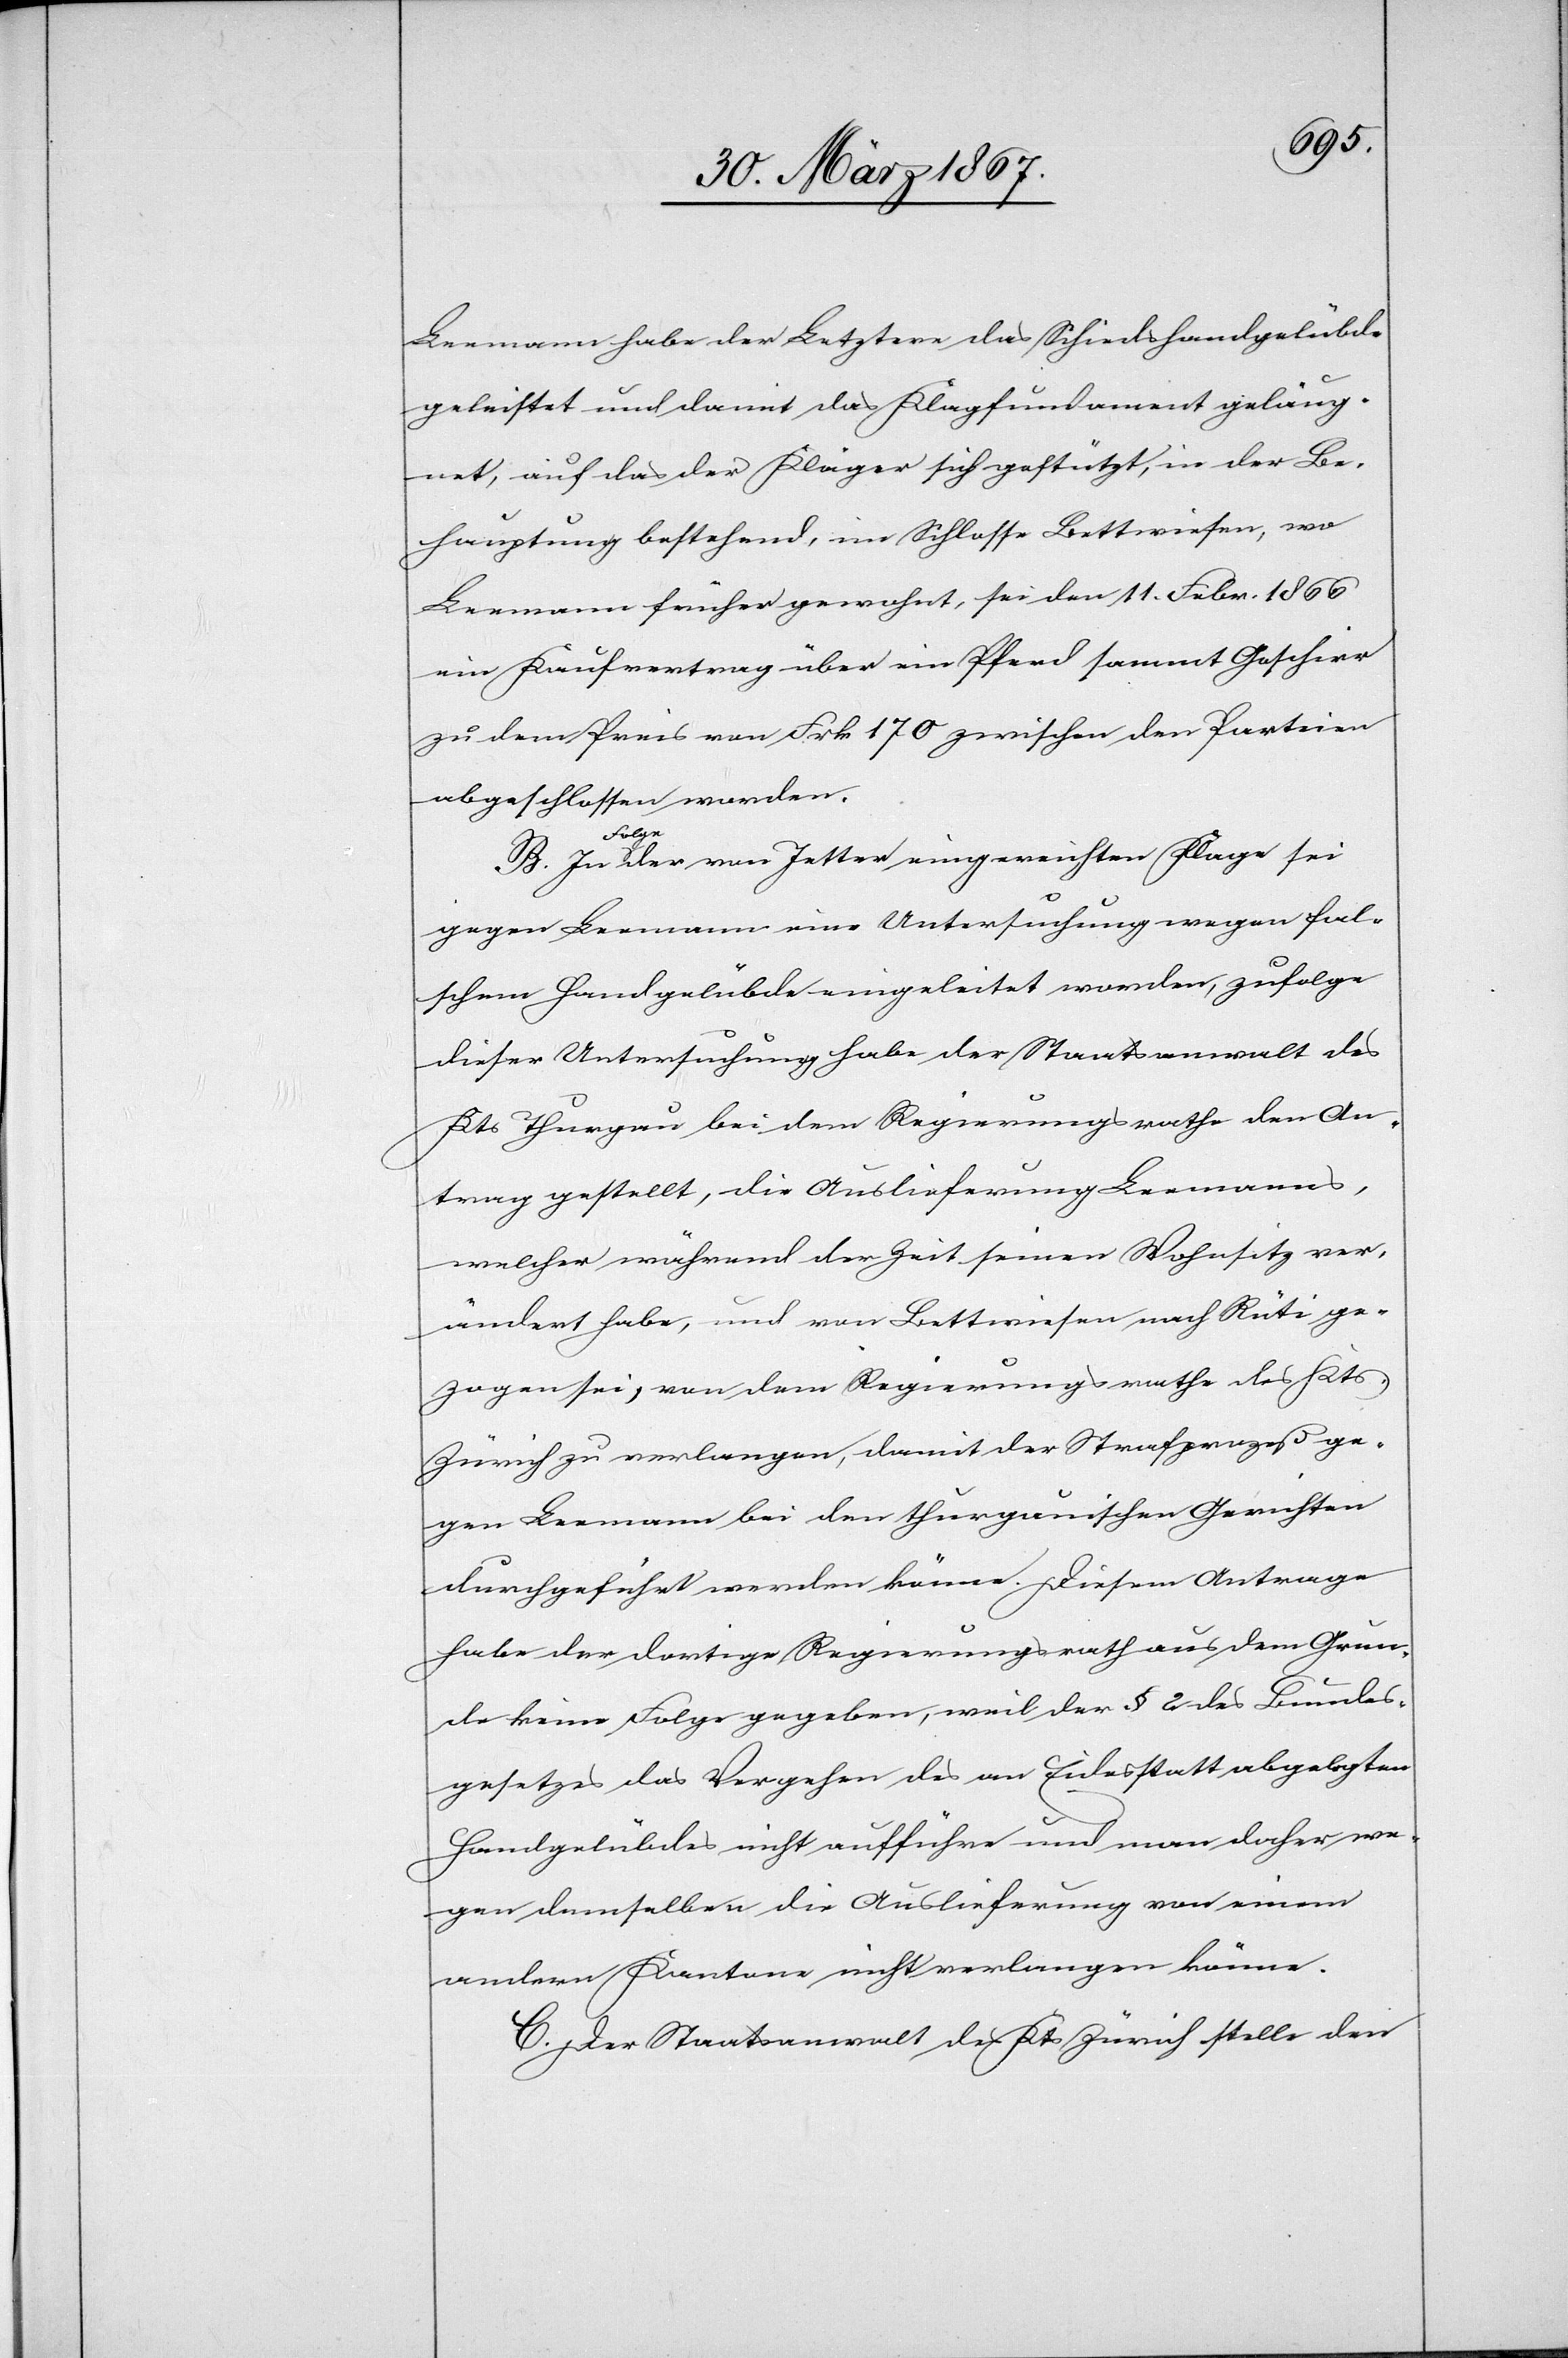
Leemann habe der Letztere das Schiedshandgelübde
geleistet und damit das Klagfundament geläug¬
net, auf das der Kläger sich gestützt, in der Be¬
hauptung bestehend, im Schlosse Bettwiesen, wo
Leemann früher gewohnt, sei den 11. Febr. 1866
ein Kaufvertrag über ein Pferd sammt Geschirr
zu dem Preis von Frk. 170 zwischen den Parteien
abgeschlossen worden.
Folg¬
e der von Jetter eingereichten Klage sei
gegen Leemann eine Untersuchung wegen fal¬
schem Handgelübde eingeleitet worden, zufolge
dieser Untersuchung habe der Staatsanwalt des
Kts Thurgau bei dem Regierungsrathe den An¬
trag gestellt, die Auslieferung Leemanns,
welcher während der Zeit seinen Wohnsitz ver¬
ändert habe, und von Bettwiesen nach Rüti ge¬
zogen sei, von dem Regierungsrathe des Kts
Zürich zu verlangen, damit der Strafprozeß ge¬
gen Leemann bei den thurgauischen Gerichten
durchgeführt werden könne. Diesem Antrage
habe der dortige Regierungsrath aus dem Grun¬
de keine Folge gegeben, weil der § 2 des Bundes¬
gesetzes das Vergehen des an Eidesstatt abgelegten
Handgelübdes nicht aufführe und man daher we¬
gen demselben die Auslieferung von einem
andern Kanton nicht verlangen könne.
C. Der Staatsanwalt des Kts Zürich stelle den